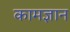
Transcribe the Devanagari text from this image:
कामज्ञान